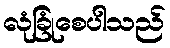
လုံခြုံစေပါသည်